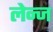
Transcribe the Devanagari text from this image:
लेन्ज